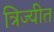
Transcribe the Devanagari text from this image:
त्रिज्यीत